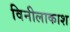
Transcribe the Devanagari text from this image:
विनीलाकाश